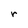
Character: r